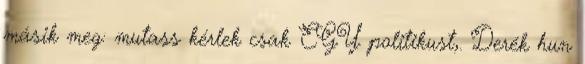
másik meg: mutass kérlek csak EGY politikust,. Derék hun